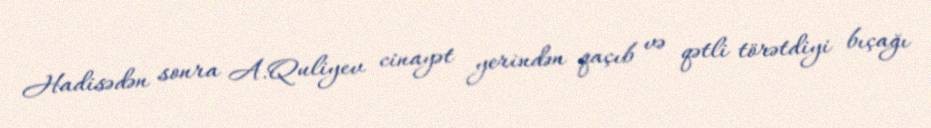
Hadisədən sonra A.Quliyev cinayət yerindən qaçıb və qətli törətdiyi bıçağı